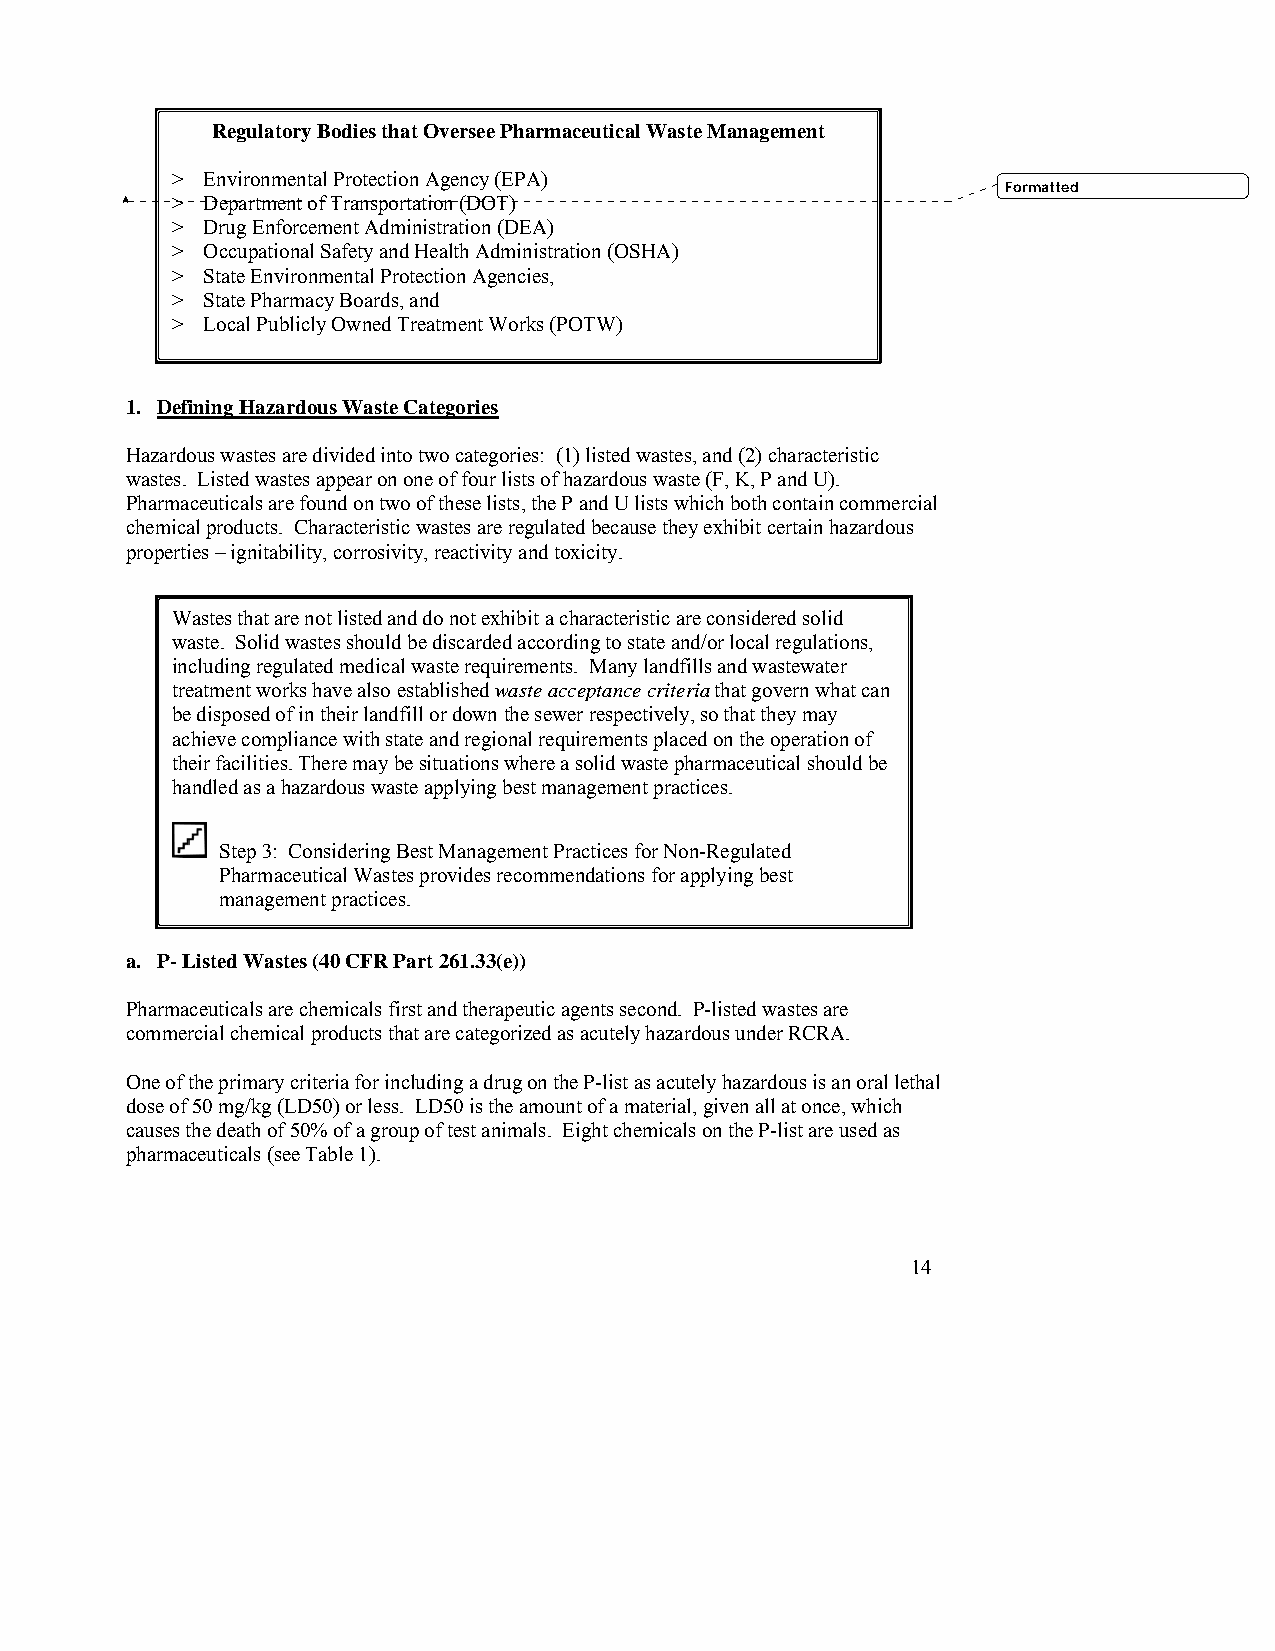
Regulatory Bodies that Oversee Pharmaceutical Waste Management
 > Environmental Protection Agency (EPA)
 Formatted
 > Department of Transportation (DOT)
 > Drug Enforcement Administration (DEA)
 > Occupational Safety and Health Administration (OSHA)
 > State Environmental Protection Agencies,
 > State Pharmacy Boards, and
 > Local Publicly Owned Treatment Works (POTW)
 1. Defining Hazardous Waste Categories
 Hazardous wastes are divided into two categories: (1) listed wastes, and (2) characteristic
 wastes. Listed wastes appear on one of four lists of hazardous waste (F, K, P and U).
 Pharmaceuticals are found on two of these lists, the P and U lists which both contain commercial
 chemical products. Characteristic wastes are regulated because they exhibit certain hazardous
 properties – ignitability, corrosivity, reactivity and toxicity.
 Wastes that are not listed and do not exhibit a characteristic are considered solid
 waste. Solid wastes should be discarded according to state and/or local regulations,
 including regulated medical waste requirements. Many landfills and wastewater
 treatment works have also established waste acceptance criteria that govern what can
 be disposed of in their landfill or down the sewer respectively, so that they may
 achieve compliance with state and regional requirements placed on the operation of
 their facilities. There may be situations where a solid waste pharmaceutical should be
 handled as a hazardous waste applying best management practices.
 Step 3: Considering Best Management Practices for Non-Regulated
 Pharmaceutical Wastes provides recommendations for applying best
 management practices.
 a. P- Listed Wastes (40 CFR Part 261.33(e))
 Pharmaceuticals are chemicals first and therapeutic agents second. P-listed wastes are
 commercial chemical products that are categorized as acutely hazardous under RCRA.
 One of the primary criteria for including a drug on the P-list as acutely hazardous is an oral lethal
 dose of 50 mg/kg (LD50) or less. LD50 is the amount of a material, given all at once, which
 causes the death of 50% of a group of test animals. Eight chemicals on the P-list are used as
 pharmaceuticals (see Table 1).
 14